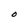
Character: O